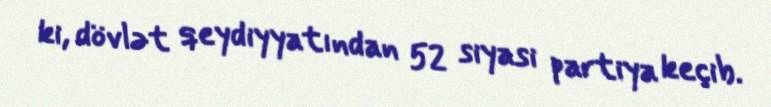
ki, dövlət qeydiyyatından 52 siyasi partiya keçib.